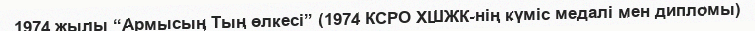
1974 жылы “Армысың Тың өлкесі” (1974 КСРО ХШЖК-нің күміс медалі мен дипломы)